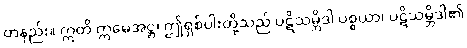
တနည်း။ ဣတိ ဣမေအဋ္ဌ၊ ဤရှစ်ပါးတို့သည် ပဋိသမ္ဘိဒါ ပစ္စယာ၊ ပဋိသမ္ဘိဒါ၏